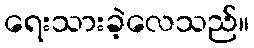
ရေးသားခဲ့လေသည်။